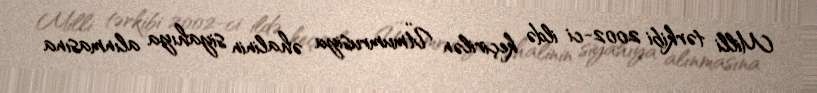
Milli tərkibi 2002-ci ildə keçirilən Ümumrusiya əhalinin siyahıya alınmasına